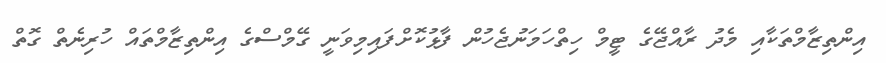
އިންތިޒާމްތަކާއި މެދު ރާއްޖޭގެ ޓީމް ހިތްހަމަނުޖެހުން ފާޅުކޮށްފައިމިވަނީ ގޭމްސްގެ އިންތިޒާމްތައް ހުރިނެތް ގޮތް